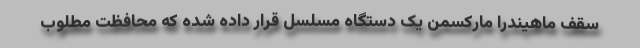
سقف ماهیندرا مارکسمن یک دستگاه مسلسل قرار داده شده که محافظت مطلوب